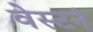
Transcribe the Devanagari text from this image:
वेस्टनं